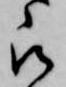
被